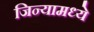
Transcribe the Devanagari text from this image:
जिन्यामध्ये